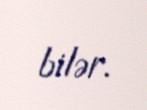
bilər.